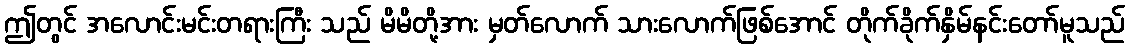
ဤတွင် အလောင်းမင်းတရားကြီး သည် မိမိတို့အား မှတ်လောက် သားလောက်ဖြစ်အောင် တိုက်ခိုက်နှိမ်နင်းတော်မူသည်